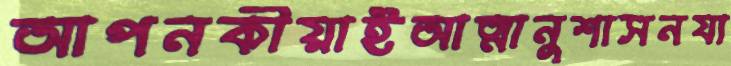
আপনকীয়াইআত্মানুশাসনযা